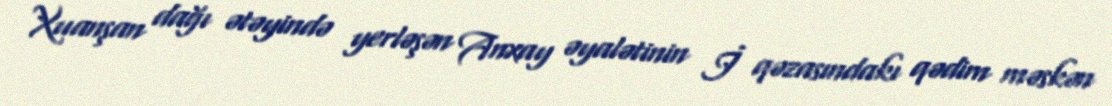
Xuanşan dağı ətəyində yerləşən Anxay əyalətinin İ qəzasındakı qədim məskən